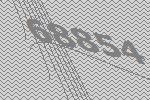
68854